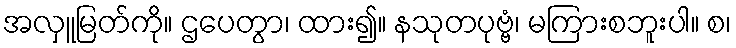
အလှူမြတ်ကို။ ဌပေတွာ၊ ထား၍။ နသုတပုဗ္ဗံ၊ မကြားစဘူးပါ။ စ၊